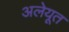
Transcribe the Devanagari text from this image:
अलेयूत